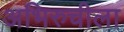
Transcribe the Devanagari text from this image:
अभिरुचीला